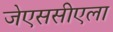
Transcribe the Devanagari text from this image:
जेएससीएला